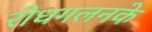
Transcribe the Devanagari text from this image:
रोधगलनके